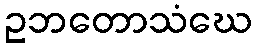
ဥဘတောသံဃေ